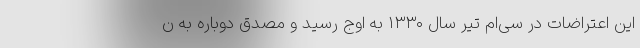
این اعتراضات در سی‌ام تیر سال ۱۳۳۰ به اوج رسید و مصدق دوباره به ن